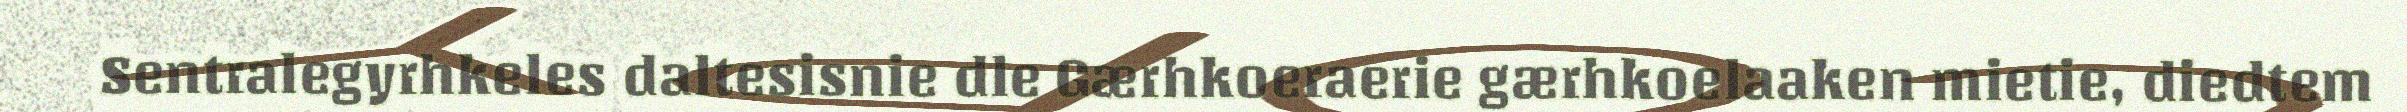
Sentralegyrhkeles daltesisnie dle Gærhkoeraerie gærhkoelaaken mietie, diedtem